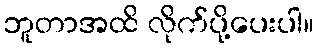
ဘူတာအထိ လိုက်ပို့ပေးပါ။